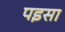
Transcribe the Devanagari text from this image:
पइसा